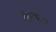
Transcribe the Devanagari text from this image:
पॅन्क्रास